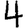
Digit: 4